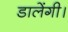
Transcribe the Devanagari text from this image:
डालेंगी।